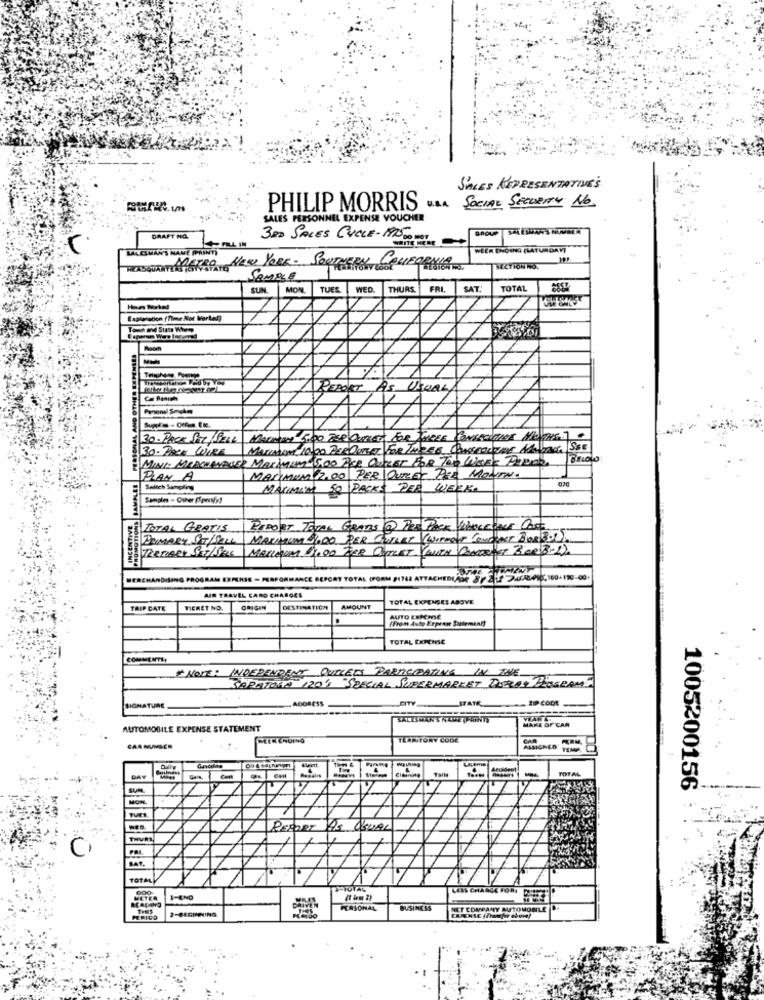
SALES REPRESENTATIVE'S
PHILIP MORRIS ... SOCIAL SECURITY NO.
SALES PERSONNEL EXPENSE VOUCHER
DRAFT NO.
L IN
3RD SALES CYCLE-MO DO NOT
LALESHAN'S NAME (PRINT)
WEER ENOING (SATURDAY]
NEW YORK. SOUTHERN
EN COLLEGENIA
SECTION NO.
SAMPLE
SUN.
MON.
TUES
WED
THURS.
FRI,
SAT.
TOTAL
Explanation (Time Not Workad)
REPORT AS USUAL
Car Renich
30-PACK SET SELL
MAIman 5.00 TEROUTLET FOR THREE CONSECUTIVE MILIONS.10
30-PACK WIRE
MATIMON, 10:00 PERDUTSET FOR THREE CONSECUTIVE MALAR SEE
MINE MERCHANABER MAXIMIN 5,00 PICE OUTLET FOR TOO WEEK PRIOR
Barolo
PLAN A
MAXIMUM 2.00 PER \OUTLET PER MONTH.
Switch Sampling
MAXIMUM
50 PACKS PER WEEK.
Samples - Other Aproly!
TOTAL GRATIS
RADOST TOTAL GRABS @ TES PACK HBOLEGALE.
DOMARY ST/SELL
MALLORUMA $1.00 TER OUTLET (WITH CONTRAST "BOR 3-2).
GRAM E
PORT TOTAL (PORM #1744 ATTACHEDLADE 8 / 21 2448010,160-110-001
AIR TRAVEL CARD CHARGES
TOTAL EXPENSES ABOVE
TRIP CATE
VIERET NO.
ORIGIN
DESTINATION
AMOUNT
(From Auto Erpras Sartement!
AUTO EXPENSE
TOTAL EXPENSE
HOVE: INDEPENDENT OUTLETS PARTICIPATING IN THE
SARATOGA 120' "SPECIAL SUPERMARKET DORAY POSEAM"
ADDRESS
CITY
STATE
ZIP CODE
SIGNATURE
MAKE OF CAR
AUTOMOBILE EXPENSE STATEMENT
ILANTONY CODE
CAR
CAR NUMBER
TEMP.
Dolly
TOTAL
1005200156
MON
REPORT AS USUAL
THUAN
TOTAL
LESS CHARGE FORA
METER
1-EN0
THEs
2-BEGINNING
PERSONAL
BUSINESS
NET COMPANY AUTOMOBLE